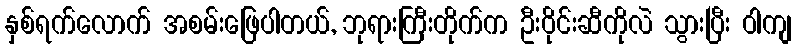
နှစ်ရက်လောက် အစမ်းဖြေပါတယ်, ဘုရားကြီးတိုက်က ဦးဝိုင်းဆီကိုလဲ သွားပြီး ဝါကျ